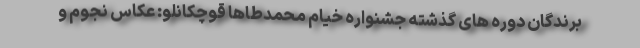
برندگان دوره های گذشته جشنواره خیام محمدطاها قوچکانلو: عکاس نجوم و